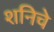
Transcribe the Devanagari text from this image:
शनिचे